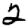
Digit: 2